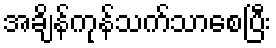
အချိန်ကုန်သက်သာစေပြီး